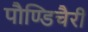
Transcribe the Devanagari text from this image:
पौण्डिचैरी